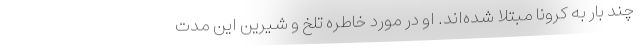
چند بار به کرونا مبتلا شده‌اند. او در مورد خاطره تلخ و شیرین این مدت